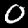
Digit: 0